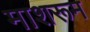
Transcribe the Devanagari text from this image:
माशरूम